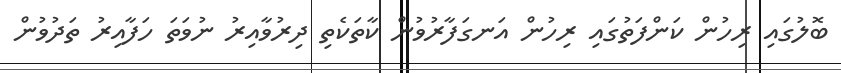
ބޮލުގައި ރިހުން ކަންފަތުގައި ރިހުން އަނގަފާރުވުން ކާތަކެތި ދިރުވާއިރު ނުވަތަ ހަފާއިރު ތަދުވުން